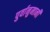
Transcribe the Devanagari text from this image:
पुर्वानुमानी